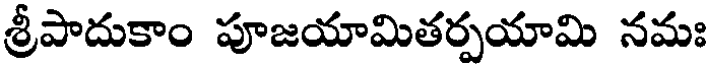
శ్రీపాదుకాం పూజయామితర్పయామి నమః